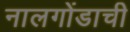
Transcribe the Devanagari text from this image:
नालगोंडाची